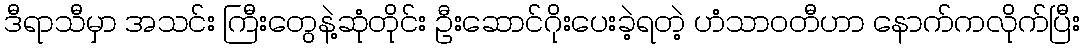
ဒီရာသီမှာ အသင်း ကြီးတွေနဲ့ဆုံတိုင်း ဦးဆောင်ဂိုးပေးခဲ့ရတဲ့ ဟံသာဝတီဟာ နောက်ကလိုက်ပြီး